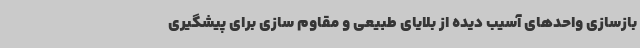
بازسازی واحدهای آسیب دیده از بلایای طبیعی و مقاوم سازی برای پیشگیری